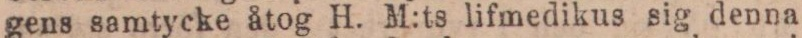
gens samtycke åtog H. M:ts lifmedikus sig denna